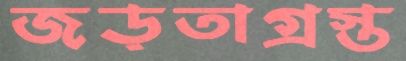
জড়তাগ্রস্ত